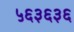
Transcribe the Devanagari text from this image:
५६३६३६